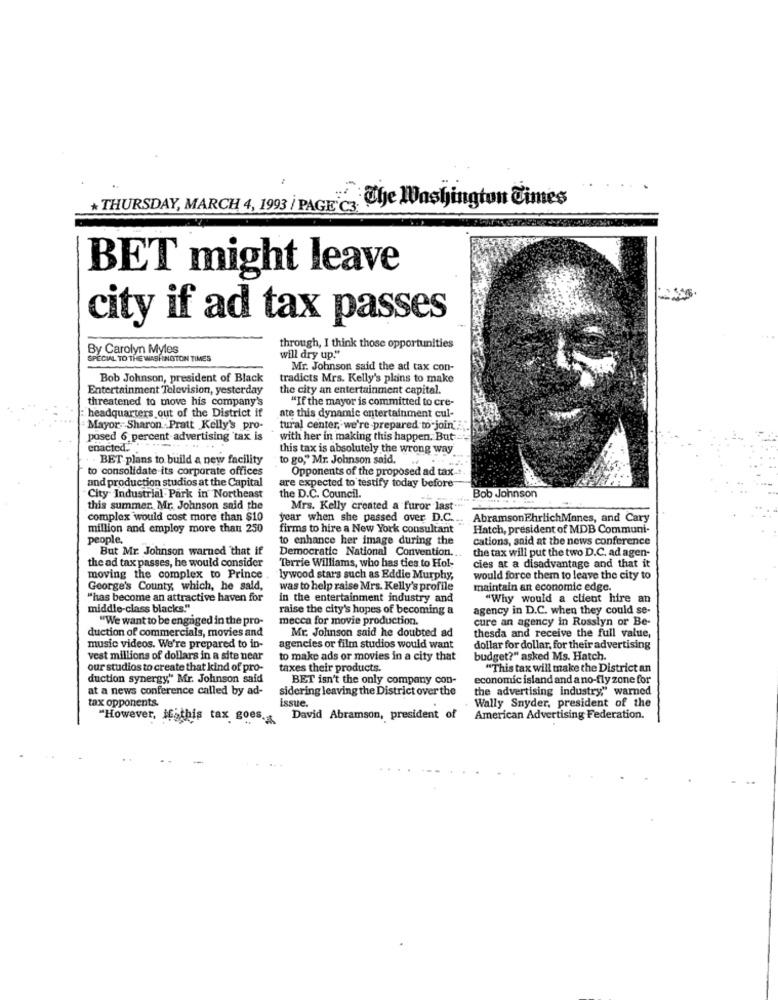
*THURSDAY, MARCH 4, 1993 / PAGE C3 The Washington Times
BET might leave
city if ad tax passes
By Carolyn Myles
through, I think those opportunities
SPECIAL TO THE WASHINGTON TIMES
will dry up."
Mr. Johnson said the ad tax con-
Bob Johnson, president of Black
tradicts Mrs. Kelly's plans to make
Entertainment Television, yesterday
the city an entertainment capital.
threatened to move his company's
"If the mayor is committed to cre-
headquarters out of the District if
nte this dynamic entertainment cul-
Mayor. Sharon . Pratt Kelly's pro-
tural center, we're prepared to join ...
posed 6 percent advertising 'tax is
with her in making this happen. But=
enacted.
this tax is absolutely the wrong way
BET plans to build a new facility
to go," Mr. Johnson said.
to consolidate its corporate offices
Opponents of the proposed ad tax
and production studios at the Capital
are expected to testify today before
Bob Johnson
City Industrial Park in Northeast
the D.C. Council.
this summer. Mr. Johnson said the
Mrs. Kelly created a furor last.
complex would cost more than $10
year when she passed over D.C.
AbramsonEhrlichManes, and Cary
million and employ more than 250
firms to hire a New York consultant
Hatch, president of MDB Communi-
people.
to enhance her image during the
cations, said at the news conference
But Mr. Johnson warned that if
Democratic National Convention ...
the tax will put the two D.C. ad agen-
the ad tax passes, he would consider
Terrie Williams, who has ties to Hol-
cies at a disadvantage and that it
moving the complex to Prince
lywood stars such as Eddie Murphy,
would force them to leave the city to
George's County, which, he said,
was to help raise Mrs. Kelly's profile
maintain an economic edge.
"has become an attractive haven for
in the entertainment industry and
"Why would a client hire an
middle-class blacks."
raise the city's hopes of becoming a
agency in D.C. when they could se-
"We want to be engaged in the pro-
mecca for movie production.
cure an agency in Rosslyn or Be-
duction of commercials, movies and
Mr. Johnson said he doubted ad
thesda and receive the full value,
music videos. We're prepared to in-
agencies or film studios would want
dollar for dollar, for their advertising
vest millions of dollars in a site near
to make ads or movies in a city that
budget?" asked Ms. Hatch.
our studios to create that kind of pro-
taxes their products.
"This tax will make the District an
duction synergy" Mr. Johnson said
BET isn't the only company con-
economic island and a no-fly zone for
at a news conference called by ad-
sidering leaving the District over the
the advertising industry," warned
tax opponents.
issue.
Wally Snyder, president of the
"However, if this tax goes. David Abramson, president of
American Advertising Federation.